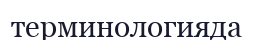
терминологияда